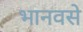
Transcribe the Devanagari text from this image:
भानवसे